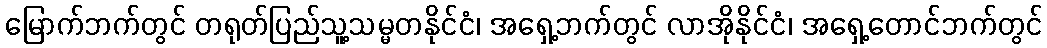
မြောက်ဘက်တွင် တရုတ်ပြည်သူ့သမ္မတနိုင်ငံ၊ အရှေ့ဘက်တွင် လာအိုနိုင်ငံ၊ အရှေ့တောင်ဘက်တွင်